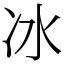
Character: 冰